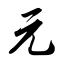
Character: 元